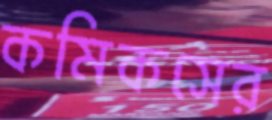
কমিকসের